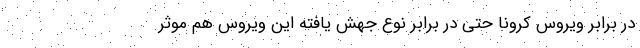
در برابر ویروس کرونا حتی در برابر نوع جهش یافته این ویروس هم موثر